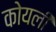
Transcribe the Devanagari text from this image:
कोयली